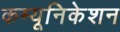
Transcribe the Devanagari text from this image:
कम्‍यूनिकेशन